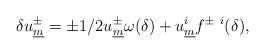
\begin{align*}\delta u^{\pm}_{\underline{m}} = \pm 1/2 u^{\pm}_{\underline{m}} \omega(\delta) + u^{i}_{\underline{m}} f^{\pm ~i} (\delta) ,\end{align*}